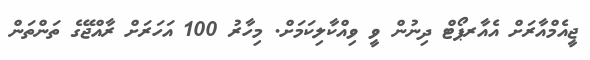
ޖީއެމްއާރަށް އެއާރޕޯޓް ދިނުން ވީ ވިއްކާލިކަމަށް. މިހާރު 100 އަހަރަށް ރާއްޖޭގެ ތަންތަން